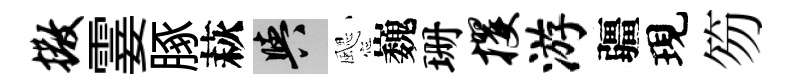
撒霎䐁萩阳颸巍珊攫游疆現笏